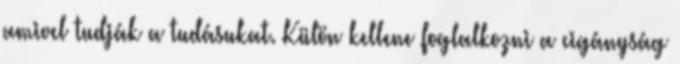
amivel tudják a tudásukat. Külön kellene foglalkozni a cigányság